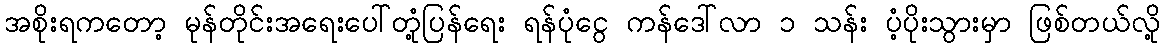
အစိုးရကတော့ မုန်တိုင်းအရေးပေါ်တုံ့ပြန်ရေး ရန်ပုံငွေ ကန်ဒေါ်လာ ၁ သန်း ပံ့ပိုးသွားမှာ ဖြစ်တယ်လို့